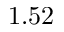
1 . 5 2